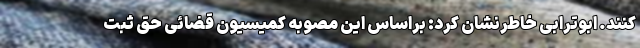
کنند. ابوترابی خاطرنشان کرد: براساس این مصوبه کمیسیون قضائی حق ثبت